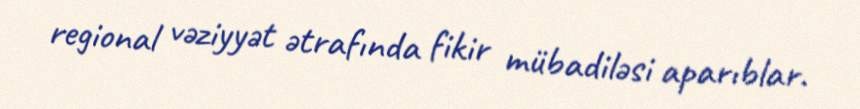
regional vəziyyət ətrafında fikir mübadiləsi aparıblar.